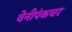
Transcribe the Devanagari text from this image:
वेनीपंकचर